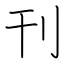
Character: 刊